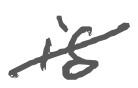
Text: is
Cross-out: diagonal
Writing tool: digital_gray